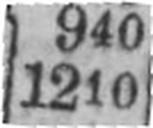
1210